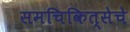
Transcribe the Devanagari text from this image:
समचिकित्सेचे